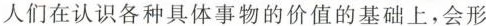
人们在认识各种具体事物的价值的基础上，会形